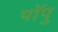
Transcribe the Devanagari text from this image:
पॉपु